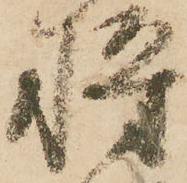
将